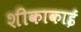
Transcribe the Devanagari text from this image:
शीकाकाई